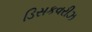
ડિસકવરીઝ